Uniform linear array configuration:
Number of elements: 32
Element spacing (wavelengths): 0.5
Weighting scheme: blackman
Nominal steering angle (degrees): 30
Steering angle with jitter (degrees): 30.843
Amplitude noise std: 0.05
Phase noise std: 0.05

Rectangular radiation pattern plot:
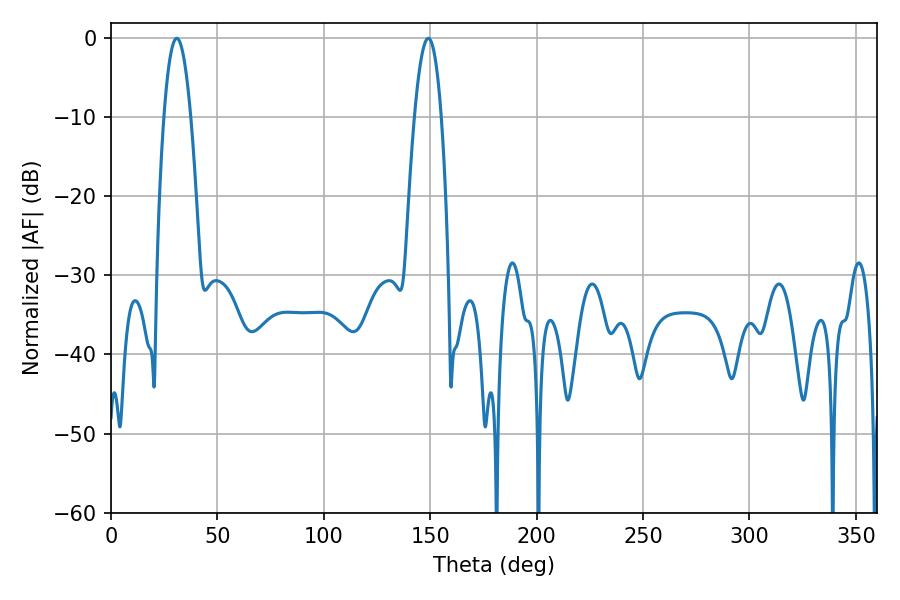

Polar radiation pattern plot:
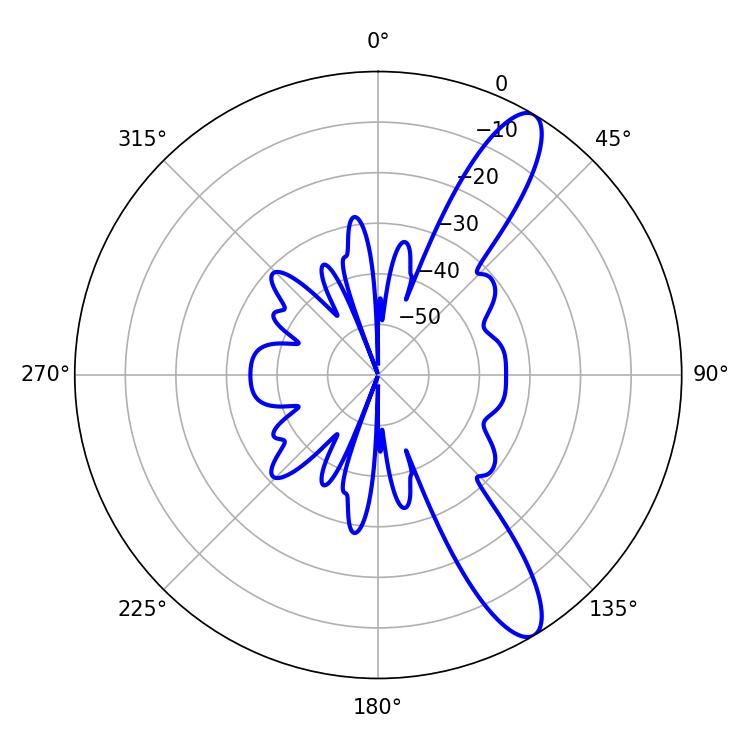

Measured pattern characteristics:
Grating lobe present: FALSE
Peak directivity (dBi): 11.719
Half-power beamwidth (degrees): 6.84
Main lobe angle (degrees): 149.04